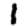
Digit: 1